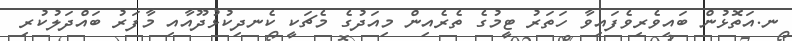
ނ.އަތޮޅުން ބައިވެރިވެފައިވާ ހަތަރު ޓީމުގެ ތެރެއިން މިއަދުގެ މެޗަކީ ކެނދިކުޅުދޫއާއި މާފަރު ބައްދަލުކުރި